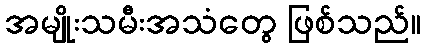
အမျိုးသမီးအသံတွေ ဖြစ်သည်။